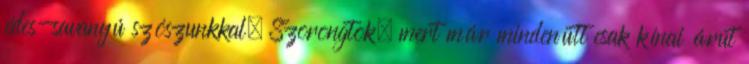
édes-savanyú szószunkkal. Szorongtok, mert már mindenütt csak kínai árut